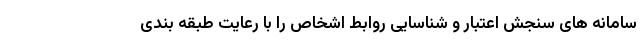
سامانه های سنجش اعتبار و شناسایی روابط اشخاص را با رعایت طبقه بندی